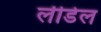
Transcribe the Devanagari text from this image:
लीडेल